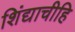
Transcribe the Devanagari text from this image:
शिंद्याचीहि